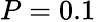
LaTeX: P=0.1